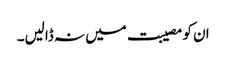
ان کو مصیبت میں نہ ڈالیں۔